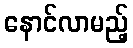
နောင်လာမည့်